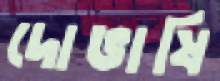
দোভাষি